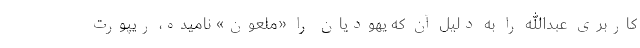
کاربری عبدالله را به دلیل آن که یهودیان را «ملعون» نامیده، ریپورت